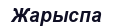
Жарыспа